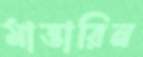
মাত্তারিন